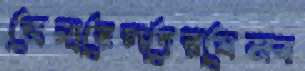
জেনারেলদেরযেসব